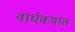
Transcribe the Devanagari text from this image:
वार्धक्यात